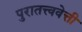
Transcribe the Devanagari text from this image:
पुरातत्त्ववेत्ती